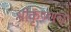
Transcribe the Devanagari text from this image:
श्रीकृष्णचॆ